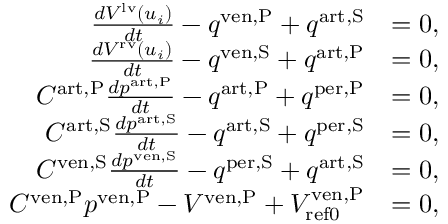
\begin{array} { r l } { \frac { d V ^ { \mathrm { l v } } \left( u _ { i } \right) } { d t } - q ^ { \mathrm { v e n , P } } + q ^ { \mathrm { a r t , S } } } & { = 0 , } \\ { \frac { d V ^ { \mathrm { r v } } \left( u _ { i } \right) } { d t } - q ^ { \mathrm { v e n , S } } + q ^ { \mathrm { a r t , P } } } & { = 0 , } \\ { C ^ { \mathrm { a r t , P } } \frac { d p ^ { \mathrm { a r t , P } } } { d t } - q ^ { \mathrm { a r t , P } } + q ^ { \mathrm { p e r , P } } } & { = 0 , } \\ { C ^ { \mathrm { a r t , S } } \frac { d p ^ { \mathrm { a r t , S } } } { d t } - q ^ { \mathrm { a r t , S } } + q ^ { \mathrm { p e r , S } } } & { = 0 , } \\ { C ^ { \mathrm { v e n , S } } \frac { d p ^ { \mathrm { v e n , S } } } { d t } - q ^ { \mathrm { p e r , S } } + q ^ { \mathrm { a r t , S } } } & { = 0 , } \\ { C ^ { \mathrm { v e n , P } } p ^ { \mathrm { v e n , P } } - V ^ { \mathrm { v e n , P } } + V _ { \mathrm { { r e f 0 } } } ^ { \mathrm { v e n , P } } } & { = 0 , } \end{array}